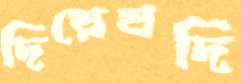
দিয়েযদি